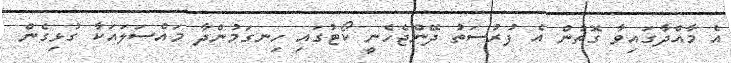
އެ މާއްދާގައިވާ ގޮތުން އެ ފުރުސަތު ދޭންޖެހެނީ ކޯޓުގައި ހިނގަމުންދާ މައްސަލައަކާ ގުޅިގެން